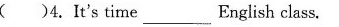
( )4.It's time English class.